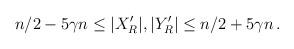
LaTeX: \begin{align*}n/2- 5\gamma n \leq |X'_{R}|,|Y'_{R}| \leq n/2+ 5\gamma n\,.\end{align*}